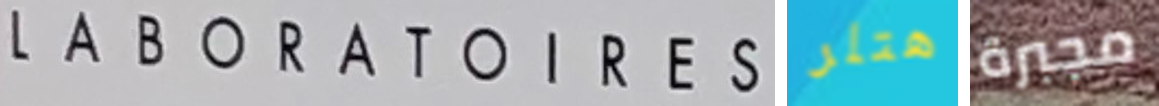
LABORATOIRES هتلر مجبرة